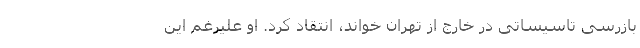
بازرسی تاسیساتی در خارج از تهران خواند، انتقاد کرد. او علیرغم این